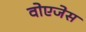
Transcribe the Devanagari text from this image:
वोएजेस